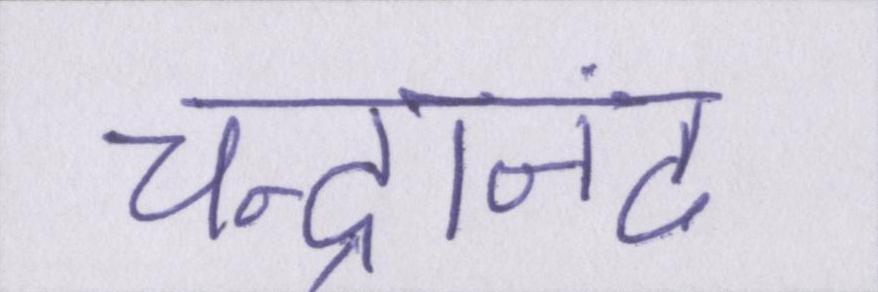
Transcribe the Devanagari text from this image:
चन्द्रानंद